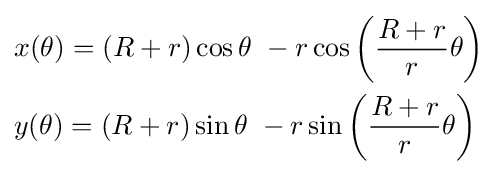
{\begin{aligned}&x(\theta )=(R+r)\cos \theta \ -r\cos \left({\frac {R+r}{r}}\theta \right)\\&y(\theta )=(R+r)\sin \theta \ -r\sin \left({\frac {R+r}{r}}\theta \right)\end{aligned}}